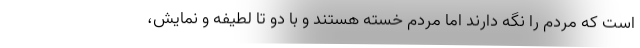
است که مردم را نگه دارند اما مردم خسته هستند و با دو تا لطیفه و نمایش،